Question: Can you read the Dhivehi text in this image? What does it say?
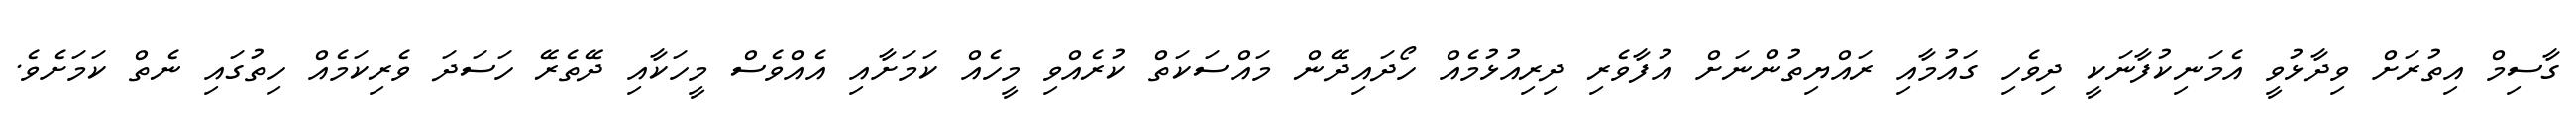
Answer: ގާސިމް އިތުރަށް ވިދާޅުވީ އެމަނިކުފާނަކީ ދިވެހި ގައުމާއި ރައްޔިތުންނަށް އުފާވެރި ދިރިއުޅުމެއް ހޯދައިދޭން މައްސަކަތް ކުރެއްވި މީހެއް ކަމަށާއި އެއްވެސް މީހަކާއި ދޭތެރޭ ހަސަދަ ވެރިކަމެއް ހިތުގައި ނެތް ކަމަށެވެ.